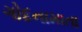
ગોદનામાતા